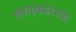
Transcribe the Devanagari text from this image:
सहगुणकांच्या